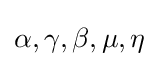
\alpha ,\gamma ,\beta ,\mu ,\eta